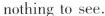
nothingto see.